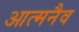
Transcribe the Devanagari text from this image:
आत्मनैव